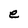
Character: e